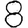
Digit: 8